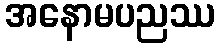
အနောမပညဿ